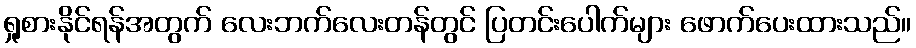
ရှုစားနိုင်ရန်အတွက် လေးဘက်လေးတန်တွင် ပြတင်းပေါက်များ ဖောက်ပေးထားသည်။